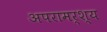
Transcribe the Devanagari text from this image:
अपरामर्श्य